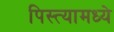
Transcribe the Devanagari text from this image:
पिस्त्यामध्ये